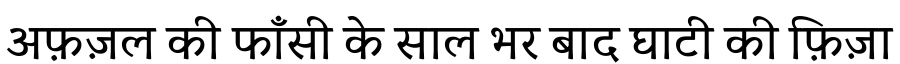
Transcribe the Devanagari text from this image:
अफ़ज़ल की फाँसी के साल भर बाद घाटी की फ़िज़ा